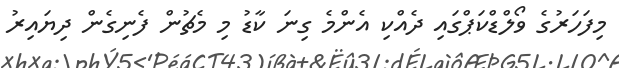
މިފަހަރުގެ ވޯލްޑްކަޕްގައި ދެއްކި އެންމެ ގިނަ ކާޑު މި މެޗުން ފެނިގެން ދިޔައިރު